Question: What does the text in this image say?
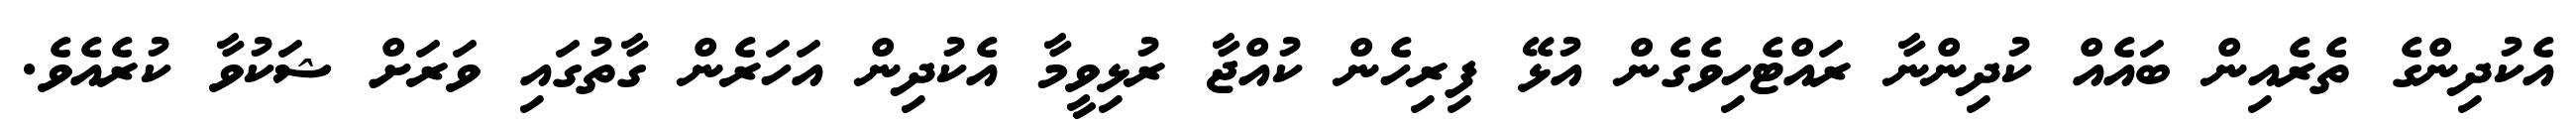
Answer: އެކުދިންގެ ތެރެއިން ބައެއް ކުދިންނާ ރައްޓެހިވެގެން އުޅޭ ފިރިހެން ކުއްޖާ ރުޅިވީމާ އެކުދިން އަހަރެން ގާތުގައި ވަރަށް ޝަކުވާ ކުރެއެވެ.